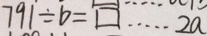
7 9 1 \div b = \square \cdots 2 a